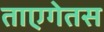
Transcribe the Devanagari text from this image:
ताएगेतस